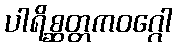
ပါရိစ္ဆတ္တကဝဂ္ဂေါ